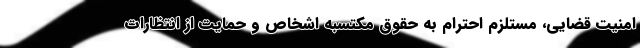
امنیت قضایی، مستلزم احترام به حقوق مکتسبه اشخاص و حمایت از انتظارات